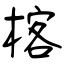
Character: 楁